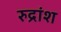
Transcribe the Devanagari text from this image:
रुद्रांश